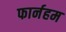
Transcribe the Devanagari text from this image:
फार्नहम